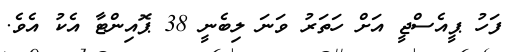
ފަހު ޕީއެސްޖީ އަށް ހަތަރު ވަނަ ލިބެނީ 38 ޕޮއިންޓާ އެކު އެވެ.